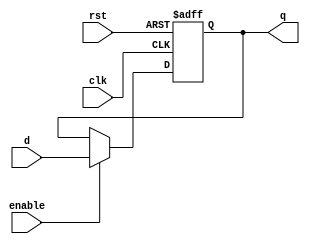
/*
* A plain old lonely register.
* Do we need it? We do not know.
*/
module register
#(
    parameter WIDTH = 32
)
(
    // inputs
    input                    clk, enable, rst,
    input      [WIDTH - 1:0] d, // Next value of register to be set at next positive clock edge
    // outputs
    output reg [WIDTH - 1:0] q // Current value of register
);
    // rst is active high
    always @(posedge clk or posedge rst) begin
        if (rst)
            q <= 0;
        else if (enable) // Priority of rst > enable
            q <= d;
    end
endmodule